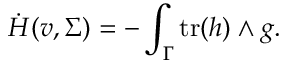
\dot { H } ( v , \Sigma ) = - \int _ { \Gamma } \mathrm { t r } ( h ) \wedge g .